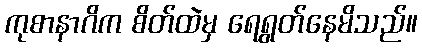
ကုစာနာဂိက စိတ်ထဲမှ ရေရွတ်နေမိသည်။